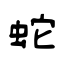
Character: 蛇